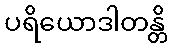
ပရိယောဒါတန္တိ